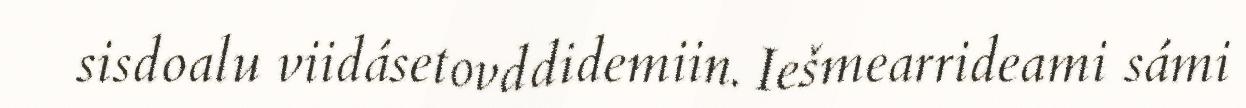
sisdoalu viidásetovddidemiin. Iešmearrideami sámi